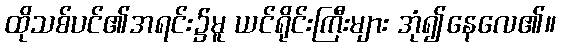
ထိုသစ်ပင်၏အရင်း၌မူ ယင်ရိုင်းကြီးများ အုံ၍နေလေ၏။